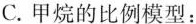
C.甲烷的比例模型：